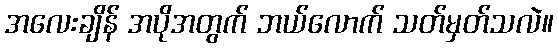
အလေးချိန် အပိုအတွက် ဘယ်လောက် သတ်မှတ်သလဲ။